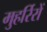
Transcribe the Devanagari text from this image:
मुहर्रिरों